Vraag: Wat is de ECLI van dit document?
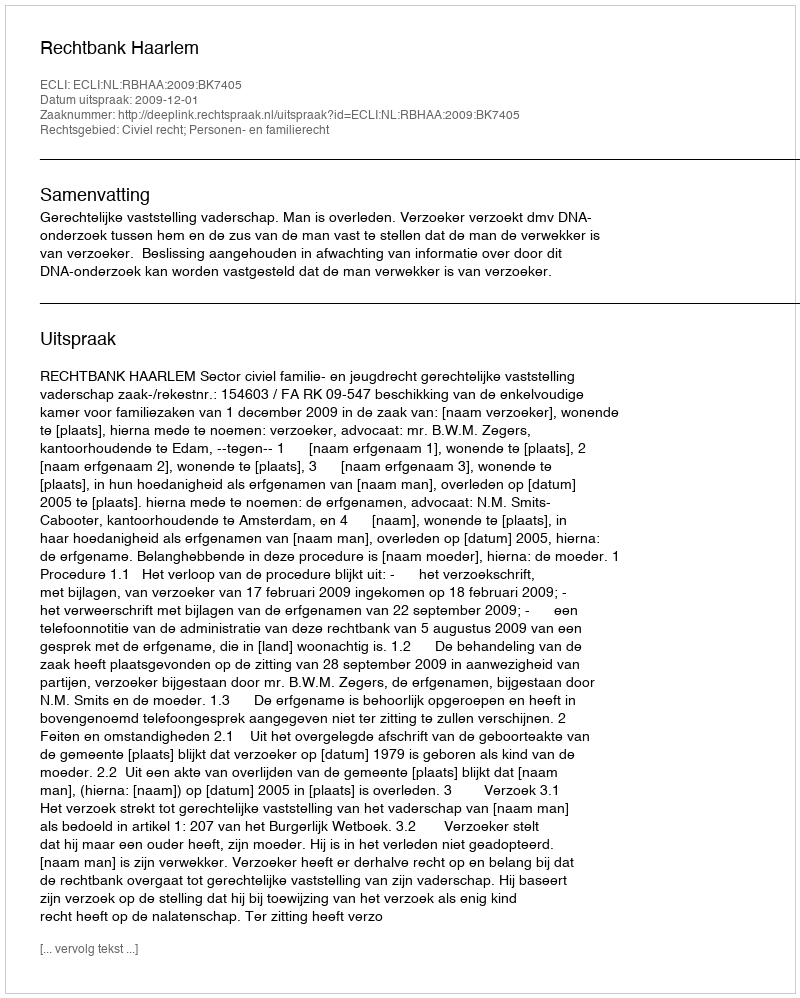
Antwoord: ECLI:NL:RBHAA:2009:BK7405